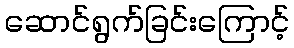
ဆောင်ရွက်ခြင်းကြောင့်